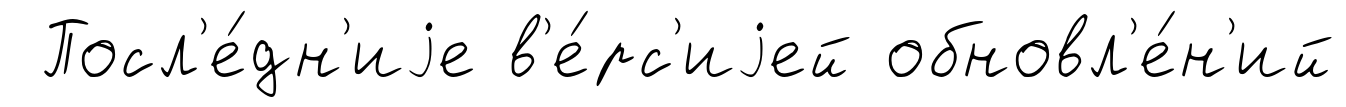
Посл'е́дн'иjе в'е́рс'иjей обновл'е́н'ий